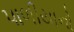
પાળીયાનો